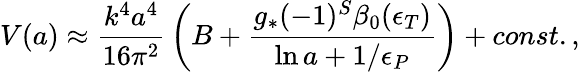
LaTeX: {V}(a)\approx{\frac{k^{4}a^{4}}{16\pi^{2}}}\left(B+{\frac{g_{*}(-1)^{S}\beta_{0}(\epsilon_{T})}{\ln a+{1/\epsilon_{P}}}}\right)+const.,